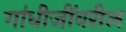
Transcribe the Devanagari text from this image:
गांधीजींवरील